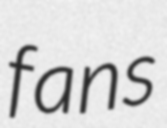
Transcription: fans